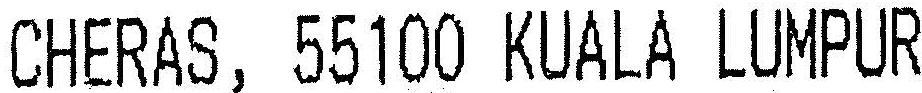
CHERAS, 55100 KUALA LUMPUR